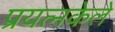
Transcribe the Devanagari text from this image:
प्रयत्‍नकेले